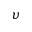
\upsilon